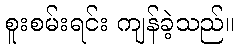
စူးစမ်းရင်း ကျန်ခဲ့သည်။